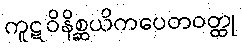
ကူဋဝိနိစ္ဆယိကပေတဝတ္ထု